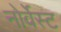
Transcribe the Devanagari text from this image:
नोर्वेस्ट